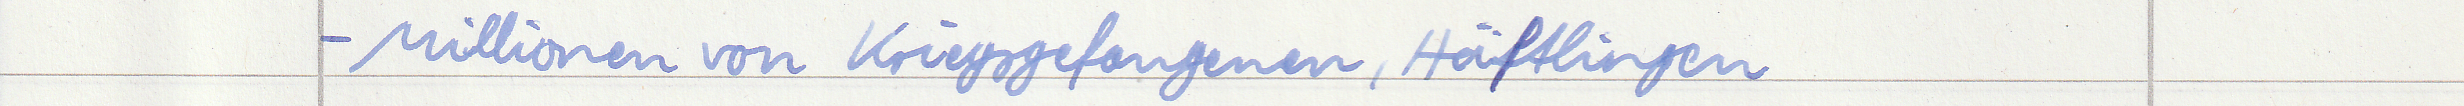
- Millionen von Kriegsgefangenen, Häftlingen